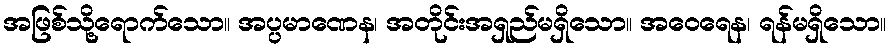
အဖြစ်သို့ရောက်သော။ အပ္ပမာဏေန၊ အတိုင်းအရှည်မရှိသော။ အဝေရေန၊ ရန်မရှိသော။